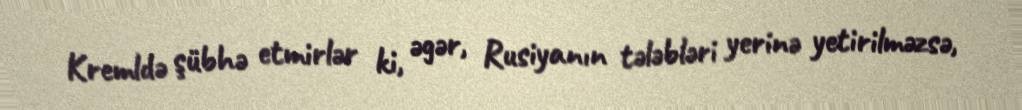
Kremldə şübhə etmirlər ki, əgər, Rusiyanın tələbləri yerinə yetirilməzsə,